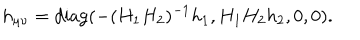
LaTeX: h _ { \mu \nu } = \mathrm { d i a g } ( - ( H _ { 1 } H _ { 2 } ) ^ { - 1 } h _ { 1 } , H _ { 1 } H _ { 2 } h _ { 2 } , 0 , 0 ) .